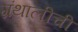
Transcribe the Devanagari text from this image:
ग्रंथालीची